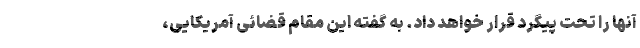
آنها را تحت پیگرد قرار خواهد داد. به گفته این مقام قضائی آمریکایی،